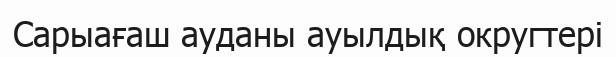
Сарыағаш ауданы ауылдық округтері